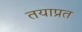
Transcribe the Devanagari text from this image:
तयाप्रत